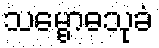
သမ္ဗောဓသုခံ